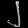
Digit: ၂